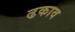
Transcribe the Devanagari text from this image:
ढकाव